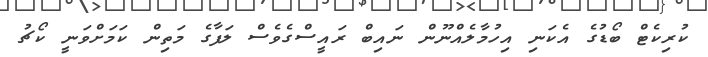
ކުރިކެޓް ބޯޑުގެ އެކަނި އިހުމާލެއްނޫން ނައިބް ރައީސްގެވެސް ލަފާގެ މަތިން ކަމަށްވަނީ ކޯޗު